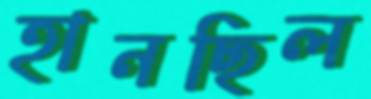
হানছিল